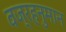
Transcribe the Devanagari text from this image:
वज्रहनुमान